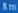
Ato